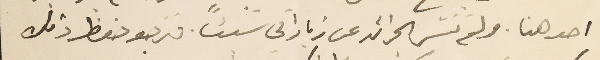
احد هنا. ولم تنشر الجرائد عن زياراتي شيئًا. فنرجو حفظ ذلك